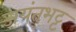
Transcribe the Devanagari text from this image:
जयंतभट्ट